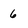
Character: 6